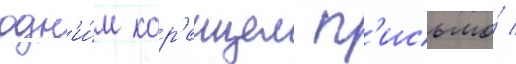
одн'и́м кор'еицем п'исьмо́ /